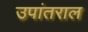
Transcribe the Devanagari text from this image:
उपांतराल